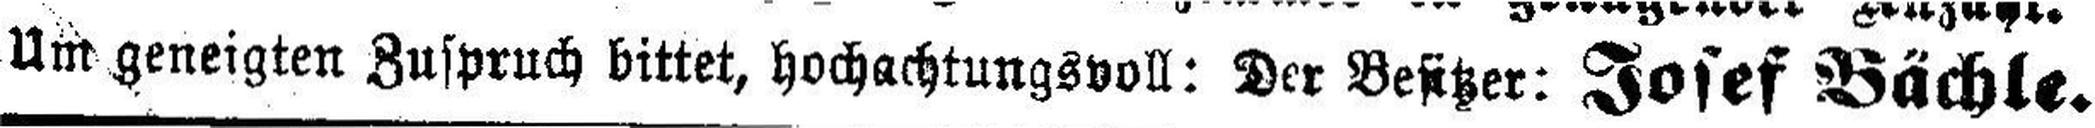
Um geneigten Zuspruch bittet, hochachtungsvoll: Der Besitzer: Josef Bächle.